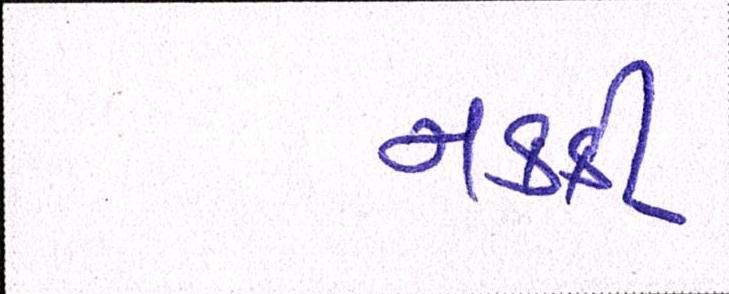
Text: નક્કી